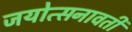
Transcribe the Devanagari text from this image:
जयोत्सनावती